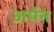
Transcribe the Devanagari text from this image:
अर्पन